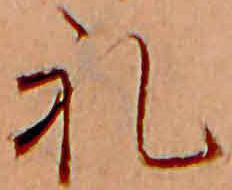
礼